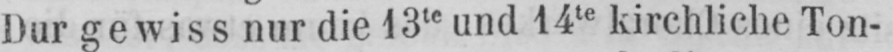
Dur gewiss nur die 13te und 14te kirchliche Ton-